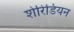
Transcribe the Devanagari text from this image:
शेरिडियन